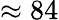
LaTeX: \approx 84